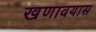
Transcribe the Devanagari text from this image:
खणावयास